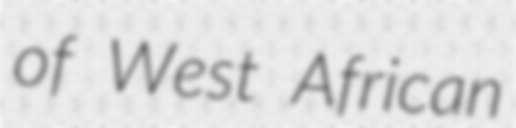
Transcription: of West African